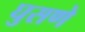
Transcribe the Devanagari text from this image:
घुसणे